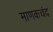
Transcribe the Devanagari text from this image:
माणकचंद